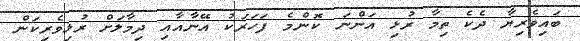
ބައިވެރިޔާ ދެކެ ތިމާ ރުޅި އަންނަ ކޮންމެ ފަހަރަކު އޭނާއާއި ދިމާލަށް ރުޅިވެރިކަން